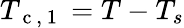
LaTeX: T_{\mathrm{~c~,~1~}}=T-T_{s}